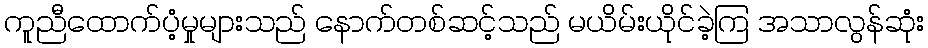
ကူညီထောက်ပံ့မှုများသည် နောက်တစ်ဆင့်သည် မယိမ်းယိုင်ခဲ့ကြ အသာလွန်ဆုံး